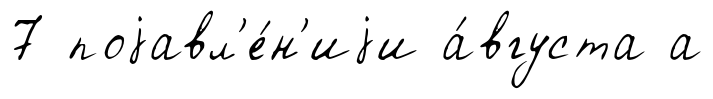
7 поjавл'е́н'иjи а́вгуста а